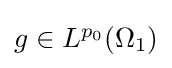
{\textstyle g\in L^{p_{0}}(\Omega _{1})}